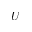
U